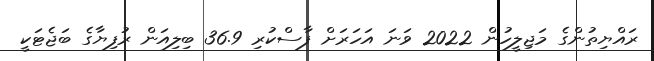
ރައްޔިތުންގެ މަޖިލީހުން 2022 ވަނަ އަހަރަށް ފާސްކުރި 36.9 ބިލިއަން ރުފިޔާގެ ބަޖެޓަކީ